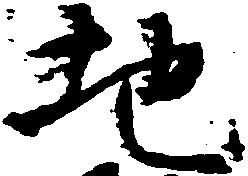
地